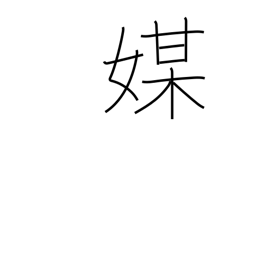
Meaning: mediator